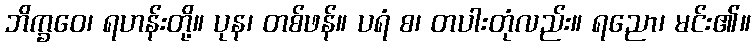
ဘိက္ခဝေ၊ ရဟန်းတို့။ ပုန၊ တစ်ဖန်။ ပရံ စ၊ တပါးတုံလည်း။ ရညော၊ မင်း၏။